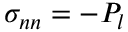
\sigma _ { n n } = - P _ { l }